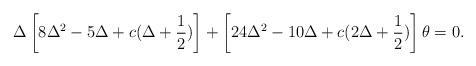
LaTeX: \begin{align*}\Delta\left[8\Delta^{2}-5\Delta+c(\Delta+\frac{1}{2})\right]+\left[24\Delta^{2}-10\Delta+c(2\Delta+\frac{1}{2})\right]\theta=0.\end{align*}